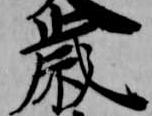
歳